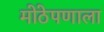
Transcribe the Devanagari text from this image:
मोठेपणाला